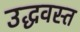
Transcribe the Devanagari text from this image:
उद्धवस्त